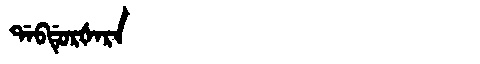
Manchu: ᡩᠠᠪᡩᡠᡵᡧᠠᡵᠠ
Romanization: DABDURŠARA